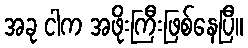
အခု ငါက အဖိုးကြီးဖြစ်နေပြီ။